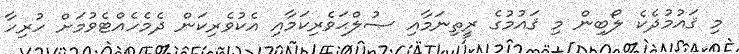
މި ޤައުމުދެކެ ލޯބިން މި ޤައުމުގެ ރީތިނަމާއި ޞުލްޙަވެރިކަމާއި އެކުވެރިކަން ދެމެހެއްޓެވުމަށް ހުރިހާ